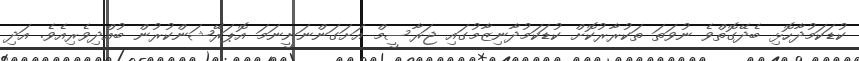
ކުޑަކަމުދާހޮޅި ބެދޭގޮތްވެ ނުވަތަ ތަކުރާރުކޮށް ކުޑަކަމުދާނިޒާމުގައި ޖަރާސީމް އަށަގަންނަނީނަމަ އޮޕަރޭޝަންކުރުން ބުއްދިވެރިއެވެ. އަދި